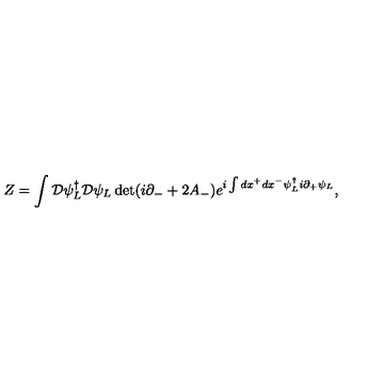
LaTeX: Z = \int { \cal D } \psi _ { L } ^ { \dagger } { \cal D } \psi _ { L } \det ( i \partial _ { - } + 2 A _ { - } ) e ^ { i \int d x ^ { + } d x ^ { - } \psi _ { L } ^ { \dagger } i \partial _ { + } \psi _ { L } } ,